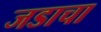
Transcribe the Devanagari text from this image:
जडाचा